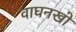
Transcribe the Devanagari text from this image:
वाघनखो